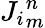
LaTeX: {J_{i}}_{m}^{n}